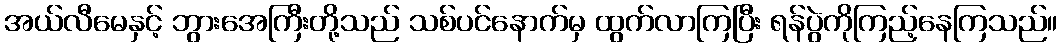
အယ်လီမေနှင့် ဘွားအေကြီးတို့သည် သစ်ပင်နောက်မှ ထွက်လာကြပြီး ရန်ပွဲကိုကြည့်နေကြသည်။